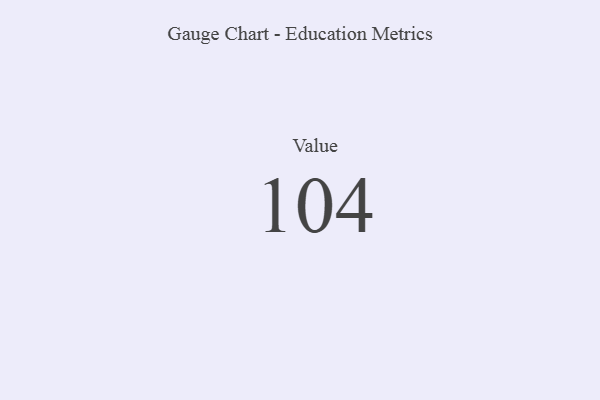
{"axis": {"x": "Metric", "y": "Value"}, "legend": [""], "data": [{"x": "Value", "y": 104, "type": ""}]}